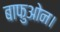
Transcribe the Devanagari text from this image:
बाफुओन।